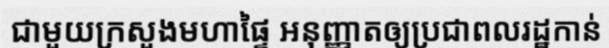
ជាមួយក្រសួងមហាផ្ទៃ អនុញ្ញាតឲ្យប្រជាពលរដ្ឋកាន់